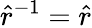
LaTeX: \hat{r}^{-1}=\hat{r}